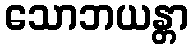
သောဘယန္တာ